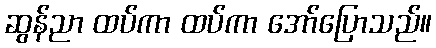
ဆွန်ညာ ထပ်ကာ ထပ်ကာ အော်ပြောသည်။